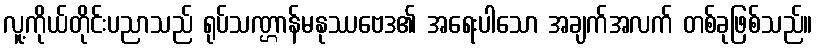
လူ့ကိုယ်တိုင်းပညာသည် ရုပ်သဏ္ဌာန်မနုဿဗေဒ၏ အရေးပါသော အချက်အလက် တစ်ခုဖြစ်သည်။